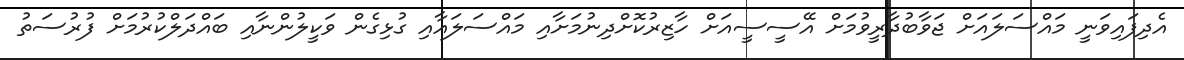
އެދިފައިވަނީ މައްސަލައަށް ޖަވާބުދާރީވުމަށް އޭސީސީއަށް ހާޒިރުކޮށްދިނުމަށާއި މައްސަލައާއި ގުޅިގެން ވަކީލުންނާއި ބައްދަލްކުރުމަށް ފުރުސަތު